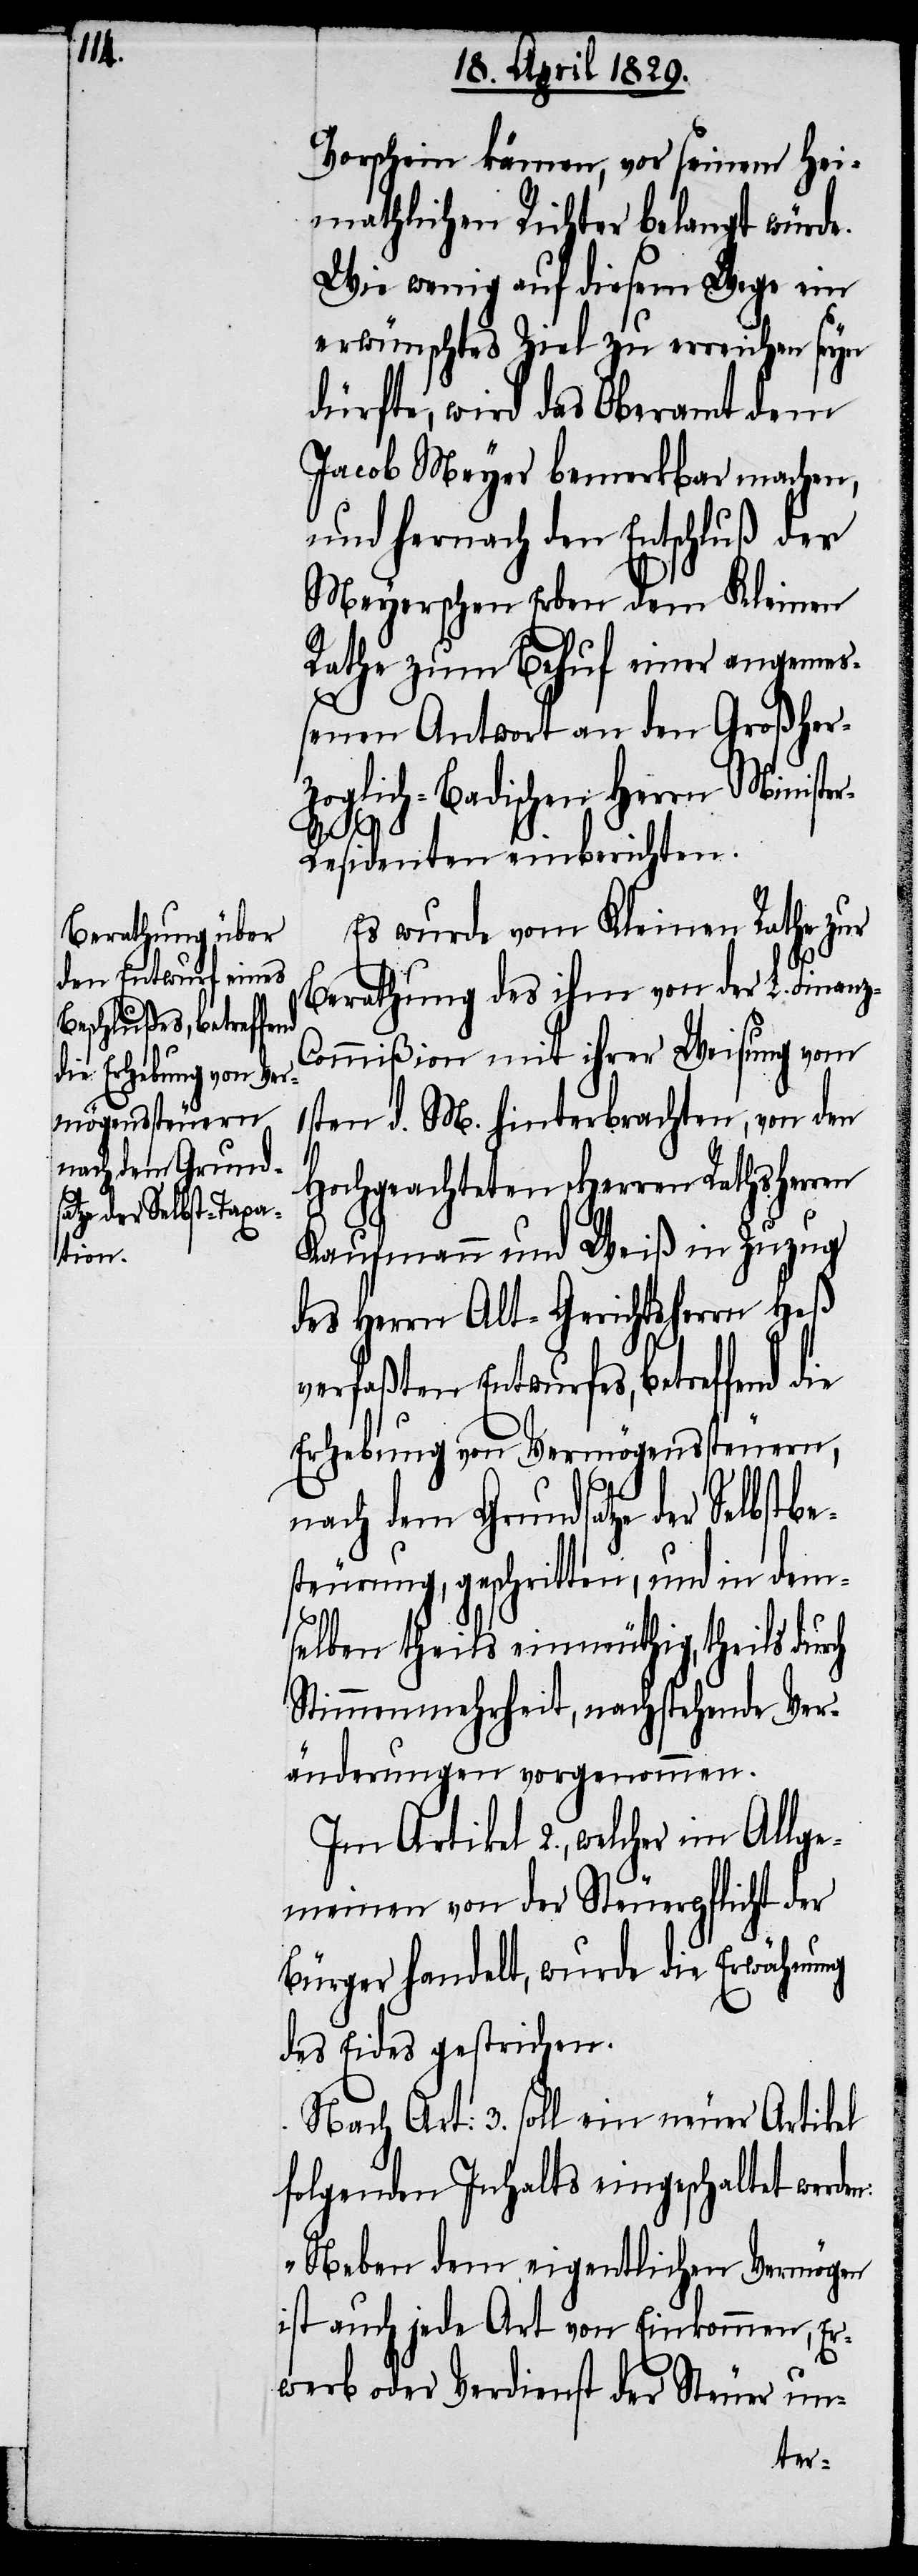
nach dem Grund¬
satze der Selbstbe¬

Vorschein kämen, vor seinem hei¬
mathlichen Richter belangt würde.
Wie wenig auf diesem Wege ein
erwünschtes Ziel zu erreichen seyn
dürfte, wird das Oberamt dem
Jacob Meyer bemerkbar machen,
und hernach den Entschluß der
Meyerschen Erben dem Kleinen
Rathe zum Behuf einer angemeß¬
enen Antwort an den Großher¬
zoglich-Badischen Herrn Ministe¬
r-Residenten einberichten.
Es wurde vom Kleinen Rathe zur
ch
Berathung des ihm von der L. Finan¬
z-Commißion mit ihrer Weisung vom
1sten d. M. hinterbrachten, von den
n:
Hochgeachteten Herren Rathsherren
Kaufmann und Weiß in Zuzug
des Herrn Alt-Gerichtsherrn Heß
verfaßten Entwurfes, betreffend die
Erhebung von Vermögenssteuern,
steurung, geschritten, und in dem¬
selben theils einmüthig, theils dur¬
Stimmenmehrheit, nachstehende Ver¬
änderungen vorgenommen.
Im Artikel 2., welcher im Allge¬
meinen von der Steuerpflicht der
Bürger handelt, wurde die Erwähnung
des Eides gestrichen.
Nach Art: 3. soll ein neuer Artikel
folgenden Inhalts eingeschaltet werde¬
„Neben dem eigentlichen Vermögen
ist auch jede Art von Einkommen, Er¬
werb oder Verdienst der Steuer un-